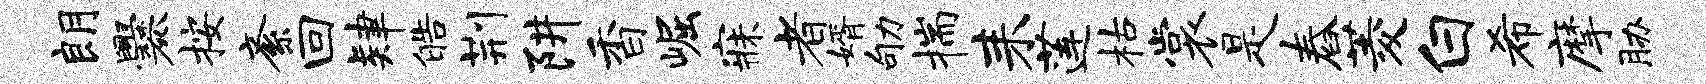
朗爨按紊回肄皓荆阱香崛寐者婿劬揣耒莲枯裳是舂菱白希摩胁